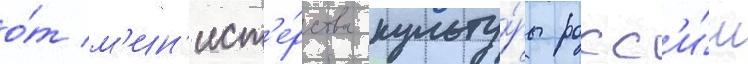
о́т м'ин'ист'е́рства культу́ры росс'и́и